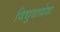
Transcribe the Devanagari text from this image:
विद्युदावेश